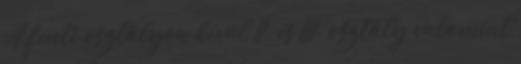
A fenti osztályon kívül II. és III. osztály valamint